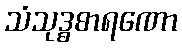
သံသုဒ္ဓစာရဏော